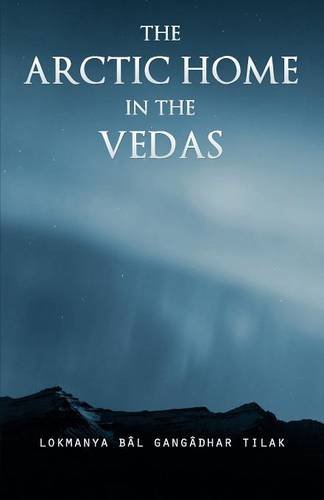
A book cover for The Arctic Home in the Vedas; Bal Gangadhar Tilak; History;